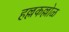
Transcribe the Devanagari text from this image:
हल्लकल्लोळ